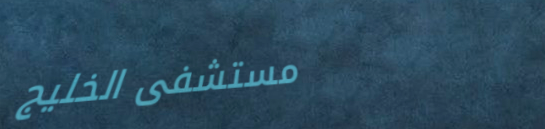
مستشفى الخليج